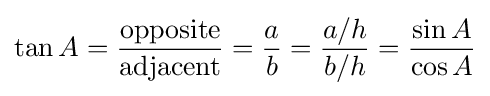
\tan A={\frac {\textrm {opposite}}{\textrm {adjacent}}}={\frac {a}{b}}={\frac {a/h}{b/h}}={\frac {\sin A}{\cos A}}